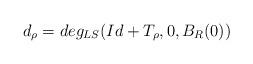
LaTeX: \begin{align*}d_\rho= deg_{LS}(Id+ T_\rho,0, B_R(0))\end{align*}